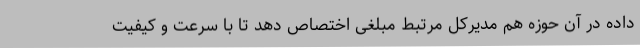
داده در آن حوزه هم مدیرکل مرتبط مبلغی اختصاص دهد تا با سرعت و کیفیت